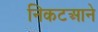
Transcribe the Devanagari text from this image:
निकटआने